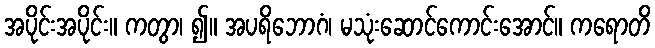
အပိုင်းအပိုင်း။ ကတွာ၊ ၍။ အပရိဘောဂံ၊ မသုံးဆောင်ကောင်းအောင်။ ကရောတိ